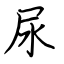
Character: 尿